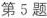
第5题